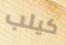
كيلب